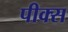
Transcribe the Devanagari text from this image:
पीक्स